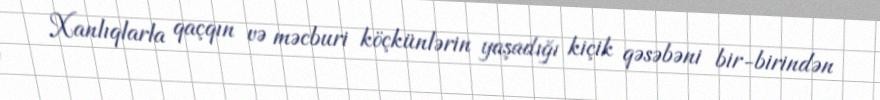
Xanlıqlarla qaçqın və məcburi köçkünlərin yaşadığı kiçik qəsəbəni bir-birindən